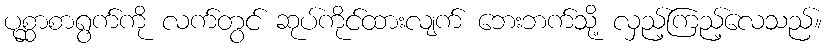
ပုစ္ဆာစာရွက်ကို လက်တွင် ဆုပ်ကိုင်ထားလျက် ဘေးဘက်သို့ လှည့်ကြည့်လေသည်။